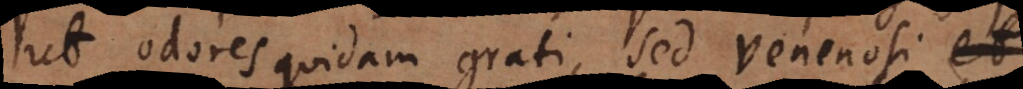
ut odores quidam grati, sed venenos